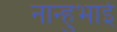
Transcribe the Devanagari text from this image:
नान्हुभाई